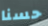
حسنا